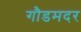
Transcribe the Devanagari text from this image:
गौडमदर